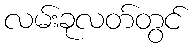
လမ်းခုလတ်တွင်